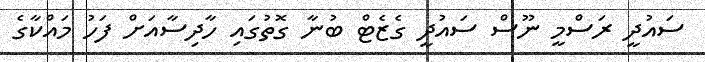
ސައުދީ ރަސްމީ ނޫސް ސައުދީ ގެޒެޓް ބުނާ ގޮތުގައި ހާދިސާއަށް ފަހު މައްކާގެ